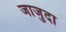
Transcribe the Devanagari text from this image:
जाजुदा